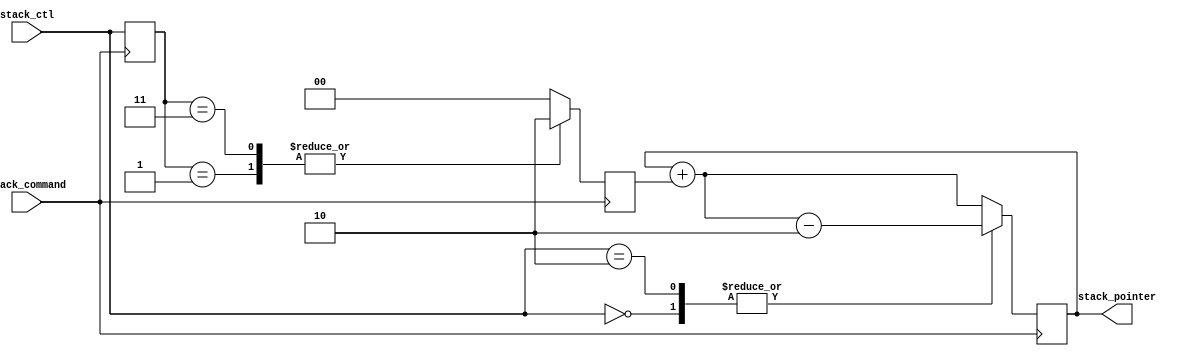
`timescale 1ns / 1ps
//////////////////////////////////////////////////////////////////////////////////
// Company: 
// Engineer: 
// 
// Design Name: 
// Module Name: stack_pointer_ctl
// Project Name: 
// Target Devices: 
// Tool Versions: 
// Description: 
// 
// Dependencies: 
// 
// Revision:
// Revision 0.01 - File Created
// Additional Comments:
// 
//////////////////////////////////////////////////////////////////////////////////

//bit 1 on stack ctl emphasizes whether or not jump control needs to get involved
//bit 0 on stacl ctl emphasizes whether data mem should be written or read
module stack_pointer_ctl(
        input stack_command,
        input [1:0] stack_ctl,
        output reg [7:0] stack_pointer
    );
    reg [2:0] incrament;
    reg [1:0] command;
    initial begin
        stack_pointer = 8'h3E;
        incrament = 0;
    end
    
    always@(posedge stack_command) begin
    //stack builds from 3E to 0 hence starting at 3E and building up to 0    
        command = stack_ctl;
        case(stack_ctl)
        2'h0: stack_pointer = stack_pointer + incrament - 2;//PUSH
        2'h2: stack_pointer = stack_pointer + incrament - 2;//CALL
        default: stack_pointer = stack_pointer + incrament;
        endcase
    end
    //this solves a problem with the stack where it would incrament before you needed it to
    always@(posedge ~stack_command) begin
        case(command)
        2'h1: incrament = 2;//POP
        2'h3: incrament = 2;//RETURN
        default: incrament = 0;
        endcase
    end
    
endmodule